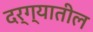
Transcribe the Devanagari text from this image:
दर्ग्यातील